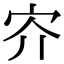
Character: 㝏